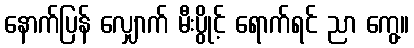
နောက်ပြန် လျှောက် မီးပွိုင့် ရောက်ရင် ညာ ကွေ့။